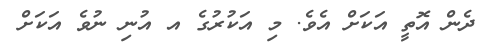
ދެން އޮތީ އަކަށް އެވެ. މި އަކުރުގެ އ އުނި ނުވެ އަކަށް